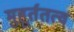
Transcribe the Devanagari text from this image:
मुहूर्ततत्व